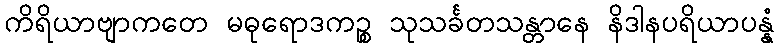
ကိရိယာဗျာကတေ မဓုရောဒကဉ္စ သုသင်္ခတသန္တာနေ နိဒါနပရိယာပန္နံ